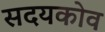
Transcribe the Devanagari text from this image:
सदयकोव